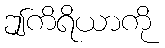
ဤကိရိယာကို